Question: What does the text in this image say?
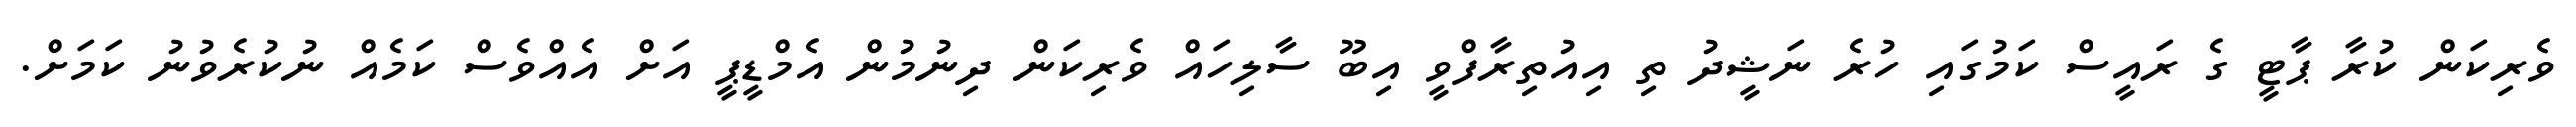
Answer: ވެރިކަން ކުރާ ޕާޓީ ގެ ރައީސް ކަމުގައި ހުރެ ނަޝީދު ތި އިއުތިރާފްވީ އިބޫ ސާލިހައް ވެރިކަން ދިނުމުން އެމްޑީޕީ އަށް އެއްވެސް ކަމެއް ނުކުރެވުނު ކަމަށް.